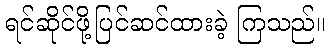
ရင်ဆိုင်ဖို့ပြင်ဆင်ထားခဲ့ ကြသည်။